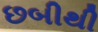
છબીથી